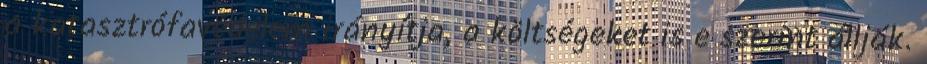
a katasztrófavédelem irányítja, a költségeket is e szerint állják.